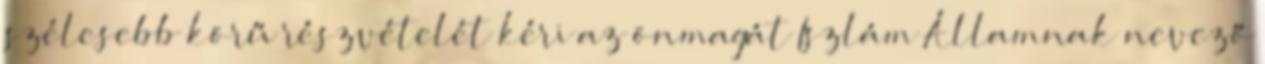
szélesebb körű részvételét kéri az önmagát Iszlám Államnak nevező